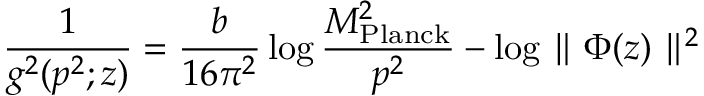
{ \frac { 1 } { g ^ { 2 } ( p ^ { 2 } ; z ) } } = { \frac { b } { 1 6 \pi ^ { 2 } } } \log { \frac { M _ { \mathrm { P l a n c k } } ^ { 2 } } { p ^ { 2 } } } - \log \parallel \Phi ( z ) \parallel ^ { 2 }